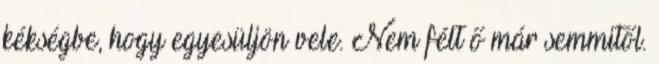
kékségbe, hogy egyesüljön vele. Nem félt ő már semmitől.